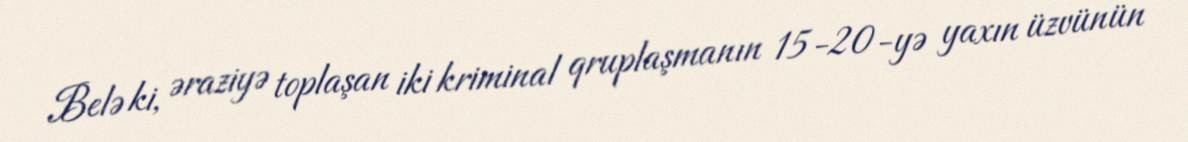
Belə ki, əraziyə toplaşan iki kriminal qruplaşmanın 15-20-yə yaxın üzvünün